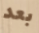
بعد